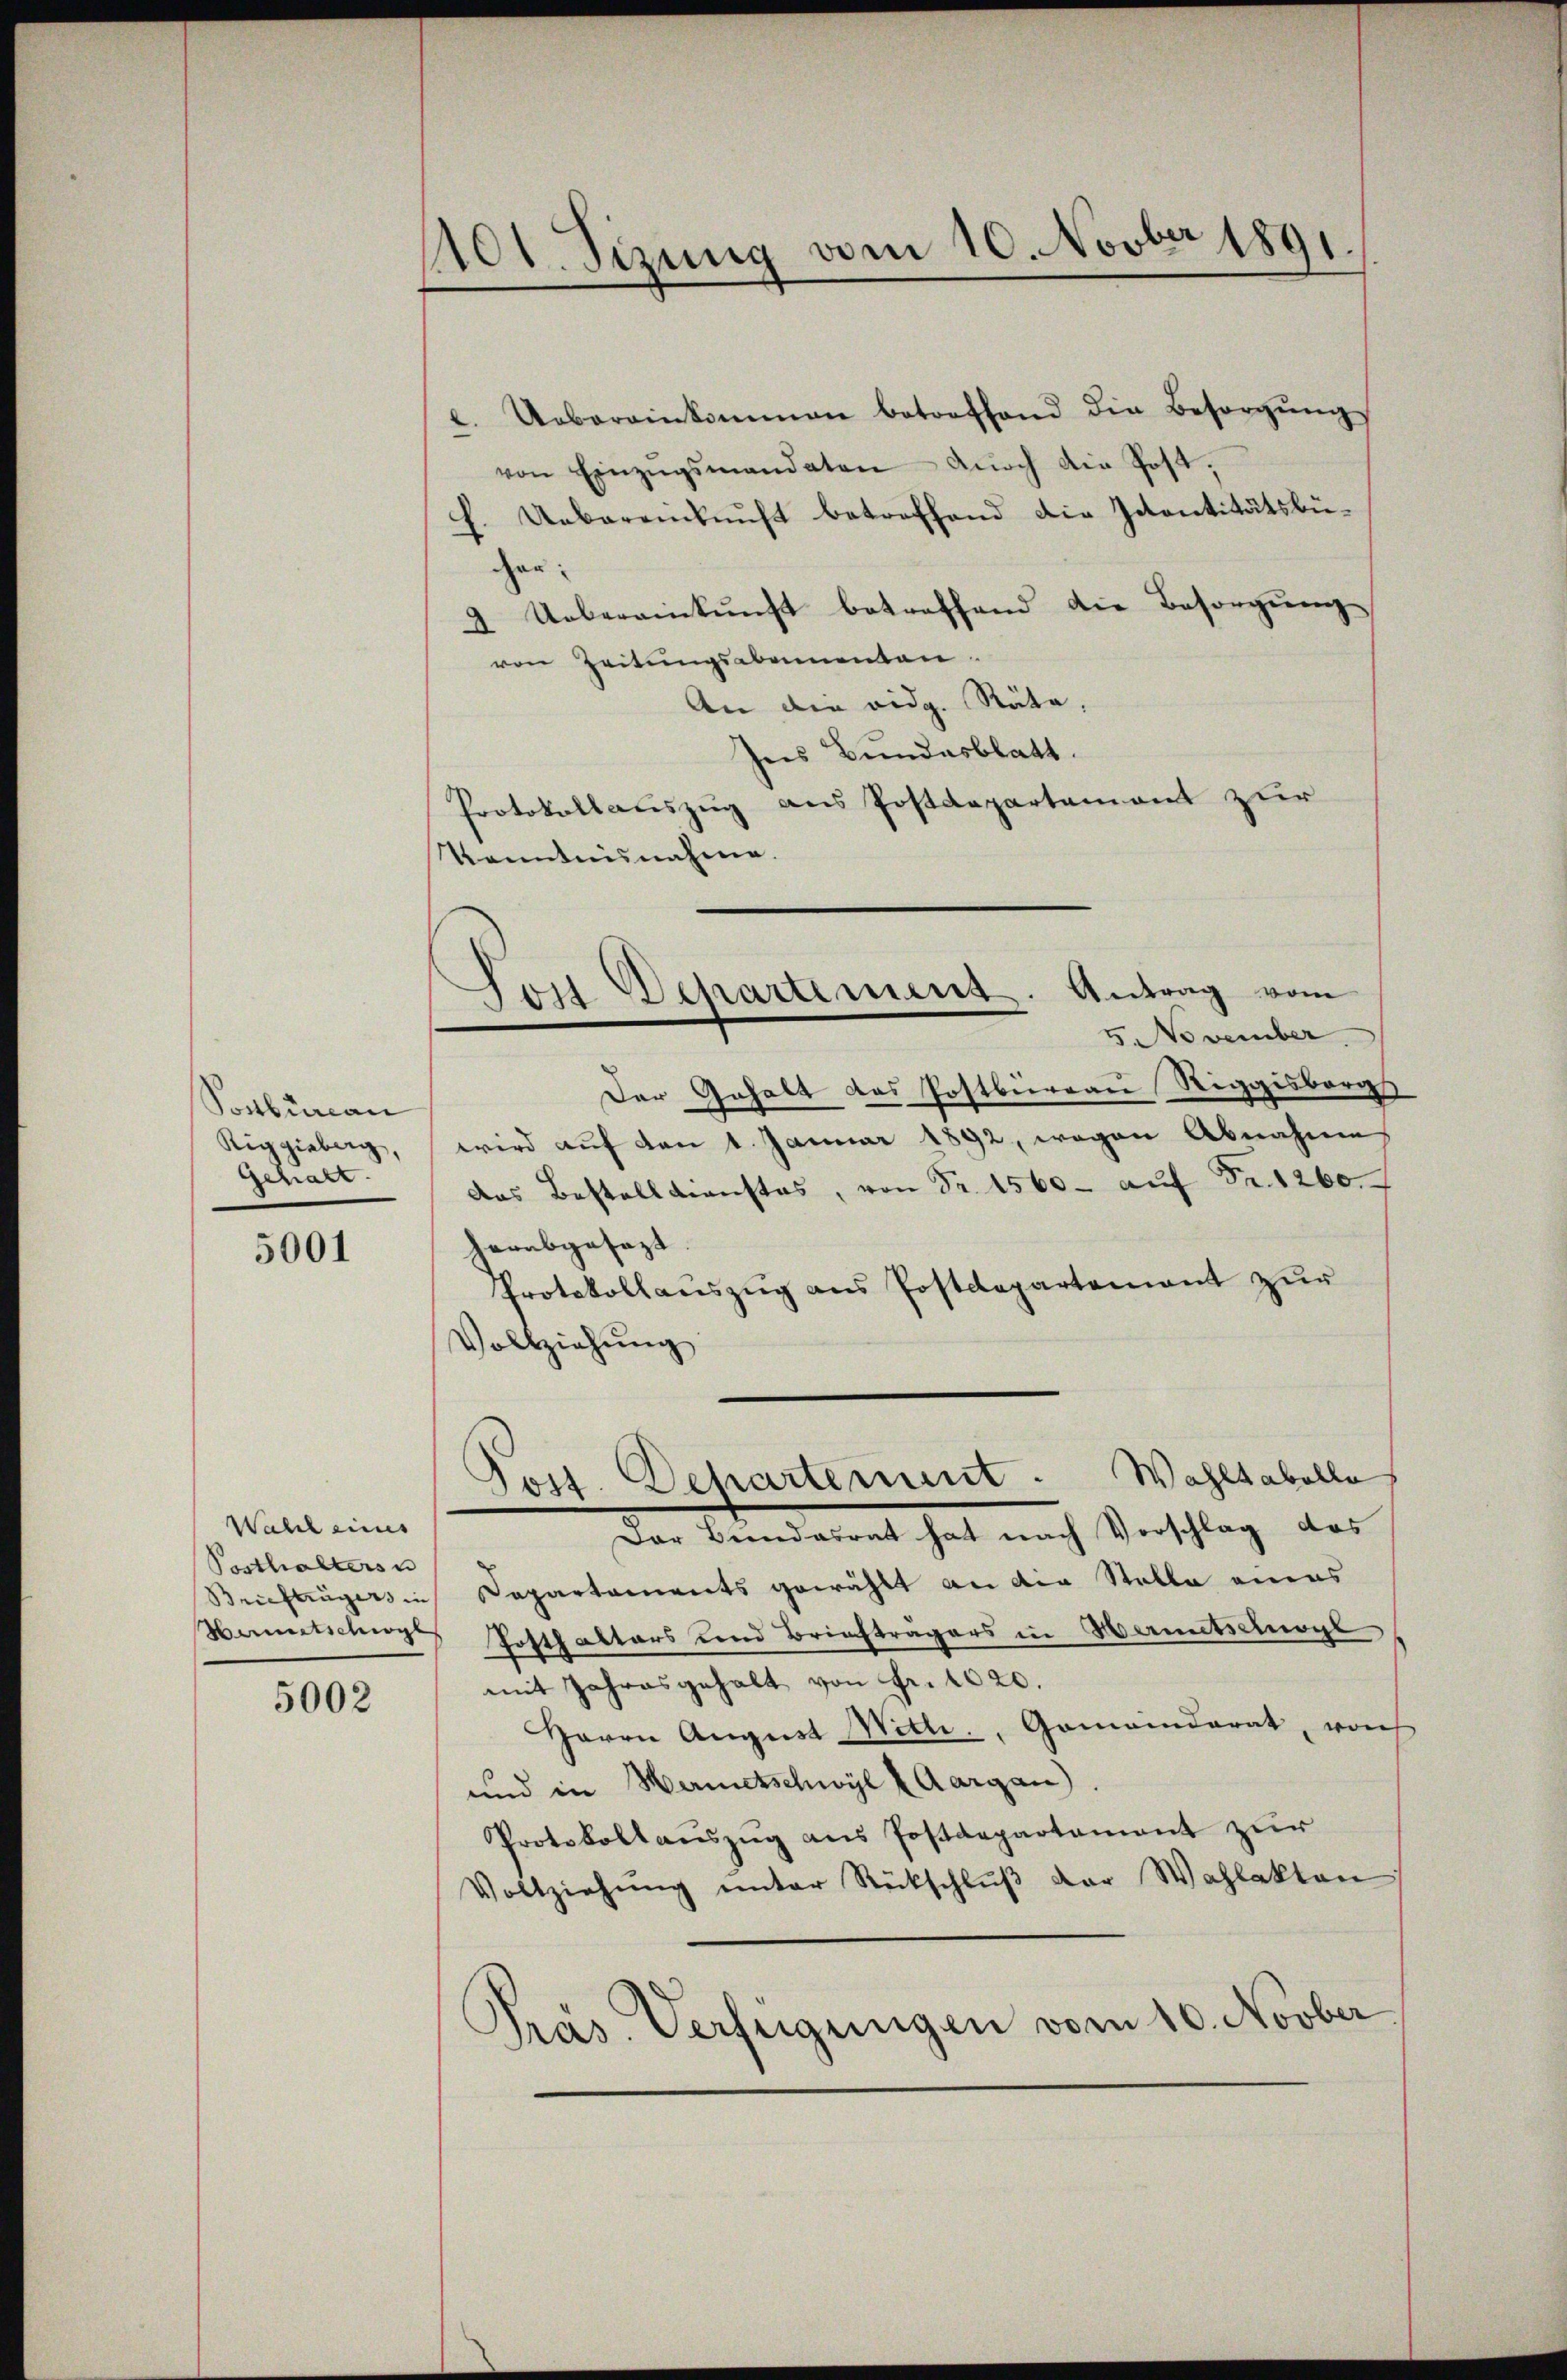
Sonbureau
Riggieburg,
Gehalt.

5001

Wahl eines
Posthalters u
Sanitschwyl

5002

101. Sizung vom 10. Novber 1891.

l. Uebereinkommen betreffend die Besorgŭng
von Einzŭgsmandaten durch die Post,
f. Uebereinkunft betreffend die Petentitätsbüger:
2 Uebereinkunft betreffend die Besorgung
von Zeitungsabennenen.
An die eidg. Räte,
Ins Bundesblatt.
Protokollauszug aus Postdepartement zur
Kenntnisnahme.

Son Departement. Antrag vom
5. November

Post. Departement. Wahltabelle

Der Gehalt das Postbureau Riggisberg
wird auf den 1. Januar 1892, wegen Abnahme
das Bestelldienstes, von Fr. 1560- aŭf Fr. 1260.
herabgesezt.
Protokollaŭszŭg ans Postdepartement zŭr
Vollziehung
Der Bundesrat hat nach Vorschlag das
Briefträgers in Departements gewählt an die Stelle eines
Posthalters und Briefträgers in Hermetschgl
mit Jahresgehalt von Fr. 1020.
Herrn August Witti., Gemeinderat, von
und in Hametschwyl (Aargau)
Protokollaŭszŭg ans Postdepartament zur
Vollziehŭng ŭnter Rückschlŭβ der Wahlakten
Präs. Verfügungen vom 10. Novber